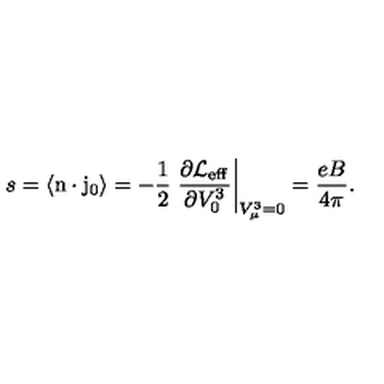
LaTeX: s = \langle \mathrm { \boldmath n } \cdot \mathrm { \boldmath j } _ { 0 } \rangle = - \frac { 1 } { 2 } \left. \frac { \partial \mathrm { \cal L } _ { \mathrm { e f f } } } { \partial V _ { 0 } ^ { 3 } } \right| _ { V _ { \mu } ^ { 3 } = 0 } = \frac { e B } { 4 \pi } .